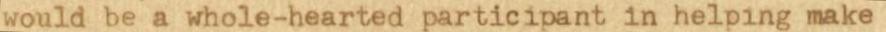
would be a whole-hearted participant in helping make